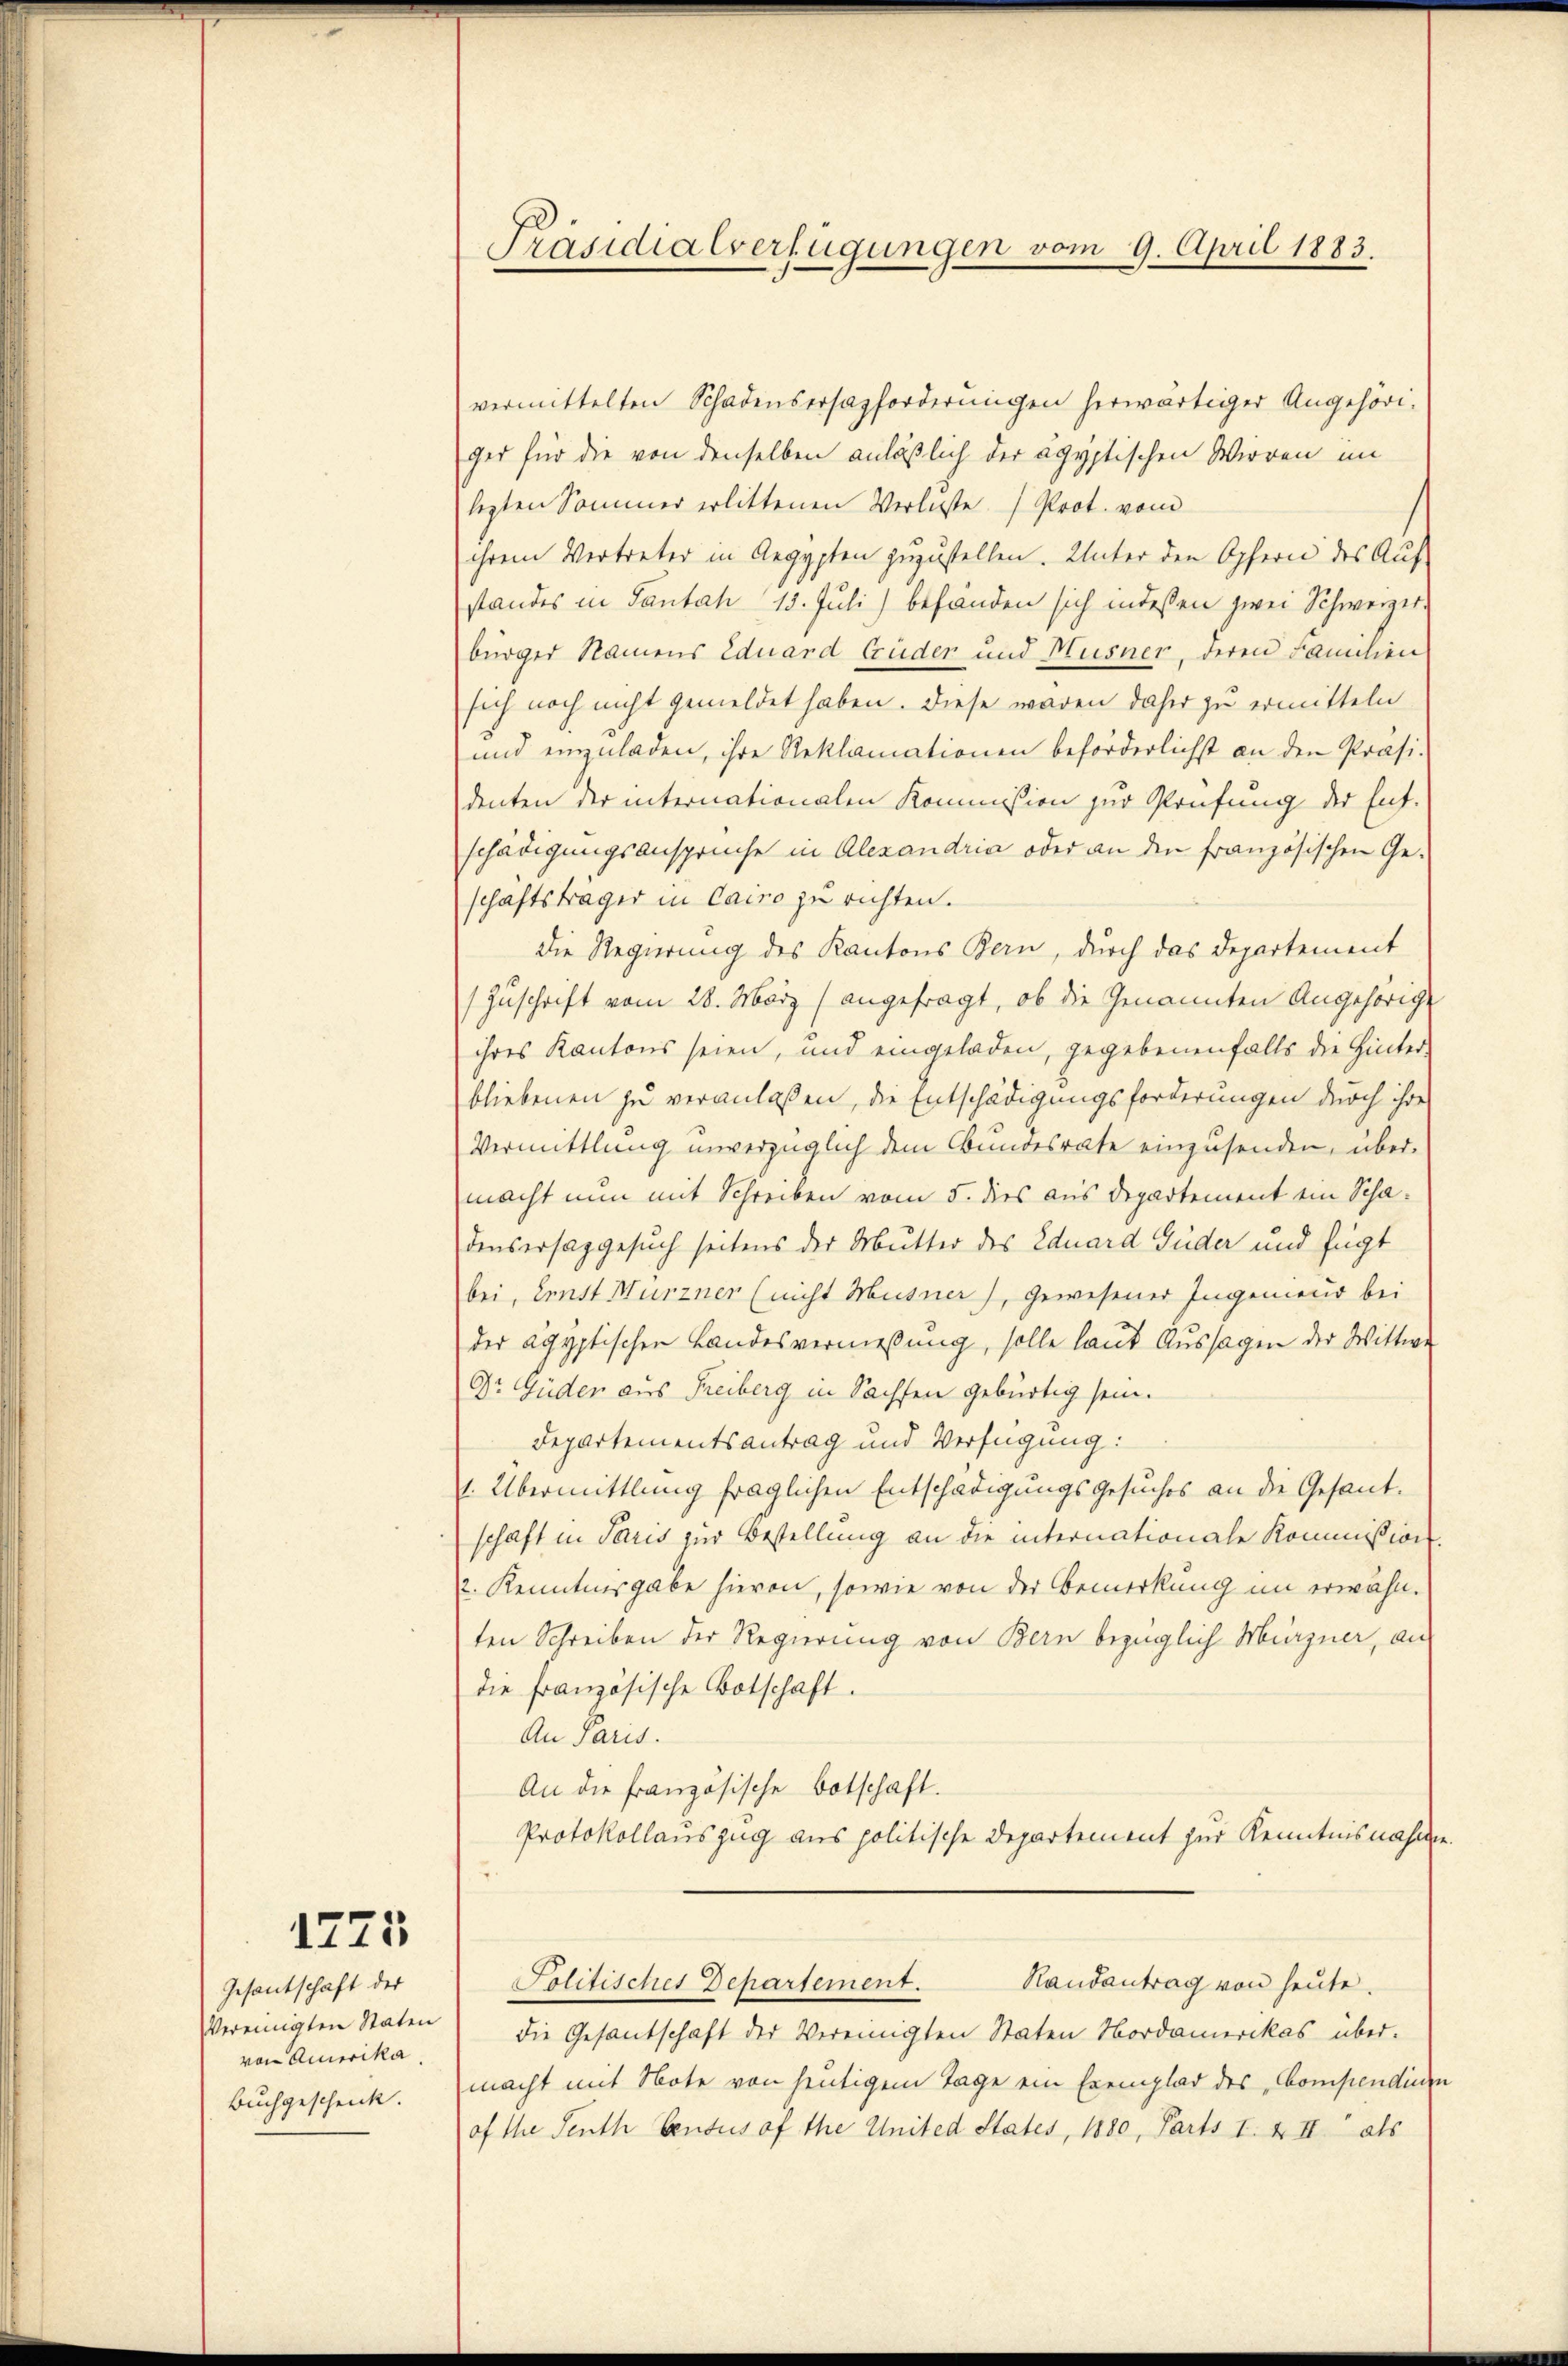
1775

Gesantschaft der
Vereinigten Staten
von Amerika.
Buchgeschenk.

Präsidialverfügungen vom 9. April 1883.

vermittelten Schadensersagforderungen herwärtiger Angehöriger für die von denselben anläßlich der ägyptischen Wirren im
lezten Sommer erlittenen Verluste Prot. vom
ihrem Vertreter in Aegypten zuzustellen. Unter den Opfern des Auf-
standes in Pantah 15. Juli) befänden sich indessen zwei Schweizer-
bürger Namens Eduard Gruder und Musner, deren Familien
sich noch nicht gemeldet haben. Diese waren daher zu ermitteln
und einzuladen, ihre Reklamationen beförderlichst an den Präsi-
denten der internationalen Kommission zur Prüfung der Ent-
schädigungsanspruche in Alexandria oder an den französischen Ge-
schaftsträger in Cairo zu richten.
Die Regierung des Kantons Bern, durch das Departement
Zuschrift vom 28. März angefragt, ob die Genannten Angehörige
ihres Kantons seien, und eingeladen, gegebenenfalls die Hinter-
bliebenen zu veranlaßen, die Entschädigungsforderungen durch ihres
Vermittlung unverzüglich dem Bundesrate einzusenden, übermacht nun mit Schreiben vom 5. dies aus Departement ein Schadensersaggesuch seitens der Mutter des Eduard Güder und fügt
bei, Ernst Murzner (nicht Musner), gewesener Ingeniend bei
der ägyptischen Landesvermessung, solle laut Aussagen der Wittwe
Dr. Güder aus Freiberg in Sachsen gebürtig sein.
Departementsantrag und Verfügung:
1. Übermittlung fraglichen Entschädigungsgesuches an die Gesandschaft in Paris zur Bestellung an die internationale Kommission.
2. Kenntnisgabe hievon, sowie von der Bemerkung im erwähnten Schreiben der Regierung von Bern bezüglich Migner, an
die französische Botschaft.
An Paris.
An die französische Botschaft.
Protokollauszug aus politische Departement zur Kenntnisnahm
Randantrag von heute.
Politisches Departement.
die Gesantschaft der Vereinigten Staten Nordamerikas über-
macht mit Note von heutigem Tage ein Exemplar des Compendin
of the Seuth Census of the United States, 1880, Parts I. & II als